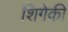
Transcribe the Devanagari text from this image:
शिगेकी